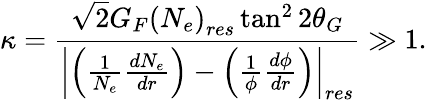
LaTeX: \kappa=\frac{\sqrt{2}G_{F}\left(N_{e}\right)_{res}\tan^{2}2\theta_{G}}{\left|\left(\frac{1}{N_{e}}\frac{dN_{e}}{dr}\right)-\left(\frac{1}{\phi}\frac{d\phi}{dr}\right)\right|_{res}}\gg 1.